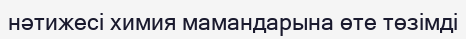
нәтижесі химия мамандарына өте төзімді